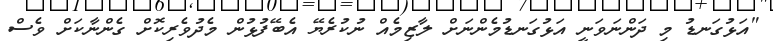
"އަޅުގަނޑު މި ދަންނަވަނީ އަޅުގަނޑުމެންނަށް ލާޒިމެއް ނުކުރެޔޭ އެބޭފުޅުން މެދުވެރިކޮށް ގެންނާކަށް ވެސް